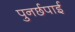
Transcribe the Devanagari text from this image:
पुनर्छपाई